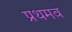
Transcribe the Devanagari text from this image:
प्रथमव